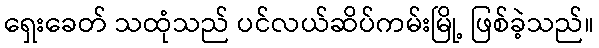
ရှေးခေတ် သထုံသည် ပင်လယ်ဆိပ်ကမ်းမြို့ ဖြစ်ခဲ့သည်။